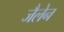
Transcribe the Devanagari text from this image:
जैलेन